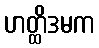
ဟတ္ထိဒမက